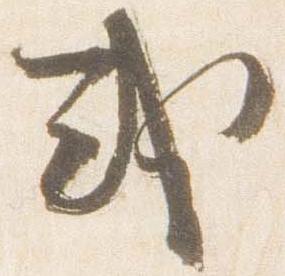
或